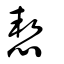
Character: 恝